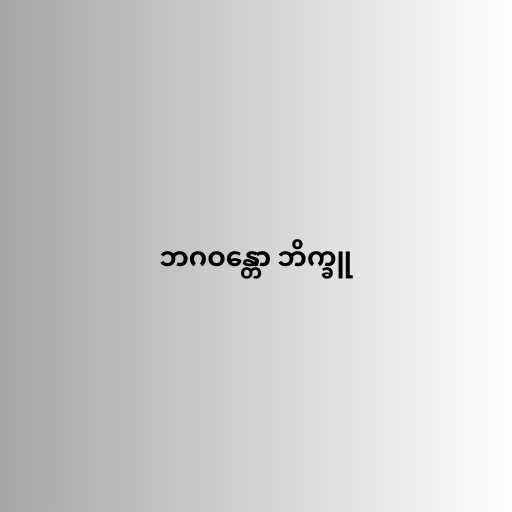
ဘဂဝန္တော ဘိက္ခူ